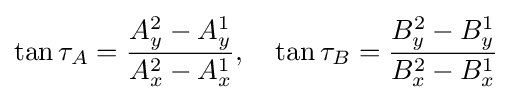
\tan \tau _{A}={\frac {A_{y}^{2}-A_{y}^{1}}{A_{x}^{2}-A_{x}^{1}}},\quad \tan \tau _{B}={\frac {B_{y}^{2}-B_{y}^{1}}{B_{x}^{2}-B_{x}^{1}}}